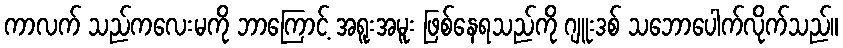
ကာလက် သည်ကလေးမကို ဘာကြောင့် အရူးအမူး ဖြစ်နေရသည်ကို ဂျူးဒစ် သဘောပေါက်လိုက်သည်။